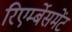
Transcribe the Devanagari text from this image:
रिएर्म्बेसमेंट